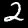
Digit: 2